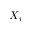
X _ { i }